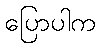
ပြောပါက